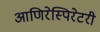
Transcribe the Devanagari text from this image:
आणिरेस्पिरेटरी